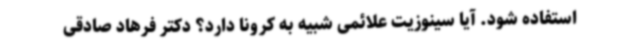
استفاده شود. آیا سینوزیت علائمی شبیه به کرونا دارد؟ دکتر فرهاد صادقی